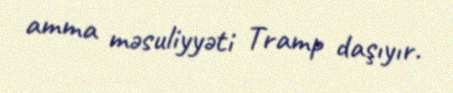
amma məsuliyyəti Tramp daşıyır.